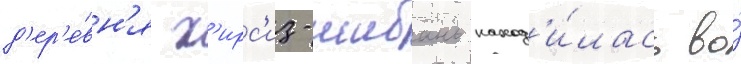
д'ер'е́вн'я х'ирс'из-шибань наход'и́лась во́